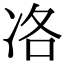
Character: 𠗂